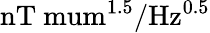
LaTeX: \mathrm{nT\ mum^{1.5}/Hz^{0.5}}